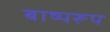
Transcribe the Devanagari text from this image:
बाष्परूप